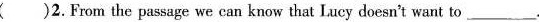
( )2.From the passage we can know that Lucy doesn't want to ___ .